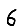
Digit: 6